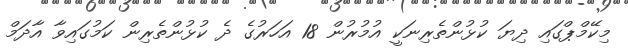
މިކޭމްޕްގައި ދިޔަ ކުޅުންތެރިނަކީ އުމުރުން 18 އަހަރުގެ ދެ ކުޅުންތެރިން ކަމުގައިވާ އާދަމް